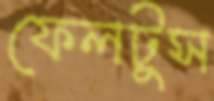
ফেলটুস